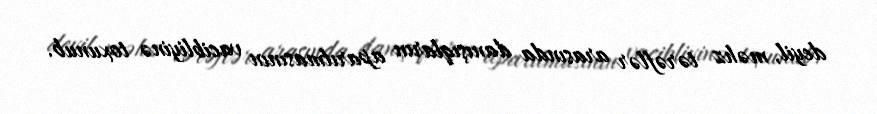
deyil, məhz tərəflər arasında danışıqların aparılmasının vacibliyinə toxunub.